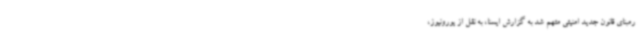
رمبنای قانون جدید امنیتی متهم شد به گزارش ایسنا، به نقل از یورونیوز،